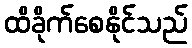
ထိခိုက်စေနိုင်သည်